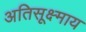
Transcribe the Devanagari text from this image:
अतिसूक्ष्माय